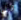
هل